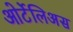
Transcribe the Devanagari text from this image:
ओर्टेलिअस